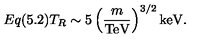
E q ( 5 . 2 ) T _ { R } \sim 5 \left( \frac { m } { \mathrm { T e V } } \right) ^ { 3 / 2 } \mathrm { k e V } .